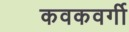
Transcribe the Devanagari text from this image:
कवकवर्गी